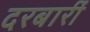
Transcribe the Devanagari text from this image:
दरबारीं